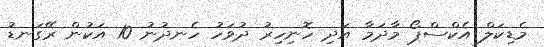
މެޑިކަލް އެކްސްޕޯ މާދަމާ އަދި ހޮނިހިރު ދުވަހު ހެނދުނު 10 އަކުން ރޭގަނޑު